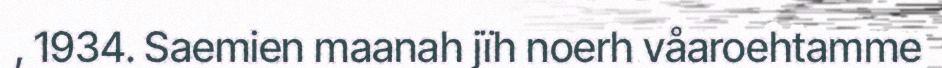
, 1934. Saemien maanah jïh noerh våaroehtamme